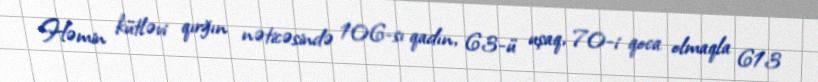
Həmin kütləvi qırğın nəticəsində 106-sı qadın, 63-ü uşaq, 70-i qoca olmaqla 613